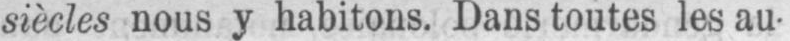
siècles nous y habitons. Dans toutes les au-